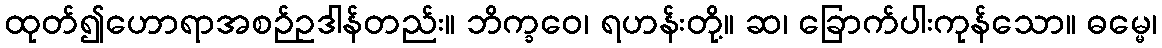
ထုတ်၍ဟောရာအစဉ်ဥဒါန်တည်း။ ဘိက္ခဝေ၊ ရဟန်းတို့။ ဆ၊ ခြောက်ပါးကုန်သော။ ဓမ္မေ၊